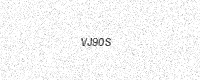
Text: VJ90S